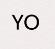
YO